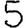
Digit: 5